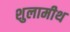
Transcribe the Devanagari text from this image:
शुलामीथ